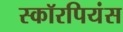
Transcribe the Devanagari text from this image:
स्कॉरपियंस